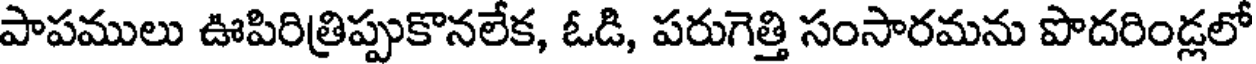
పాపములు ఊపిరిత్రిప్పుకొనలేక, ఓడి, పరుగెత్తి సంసారమను పొదరిండ్లలో